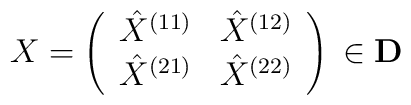
X=\left(\begin{array}{cc}\hat X^{(11)}&\hat X^{(12)}\\\hat X^{(21)}&\hat X^{(22)}\end{array}\right)\,\in {\bf D}